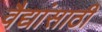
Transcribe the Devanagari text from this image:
वैद्यांसाठी